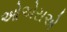
ઓએસએ